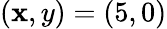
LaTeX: (\mathbf{x},y)=(5,0)